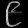
Digit: ၉